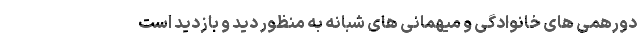
دورهمی های خانوادگی و میهمانی های شبانه به منظور دید و بازدید است